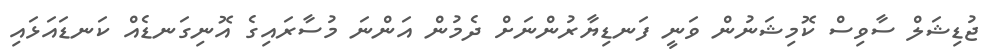
ޖުޑިޝަލް ސާވިސް ކޮމިޝަނުން ވަނީ ފަނޑިޔާރުންނަށް ދެމުން އަންނަ މުސާރައިގެ އޮނިގަނޑެއް ކަނޑައަޅައި